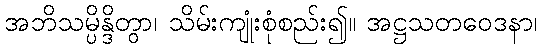
အဘိသမ္ပိန္ဒိတွာ၊ သိမ်းကျုံးစုံစည်း၍။ အဋ္ဌသတဝေဒနာ၊